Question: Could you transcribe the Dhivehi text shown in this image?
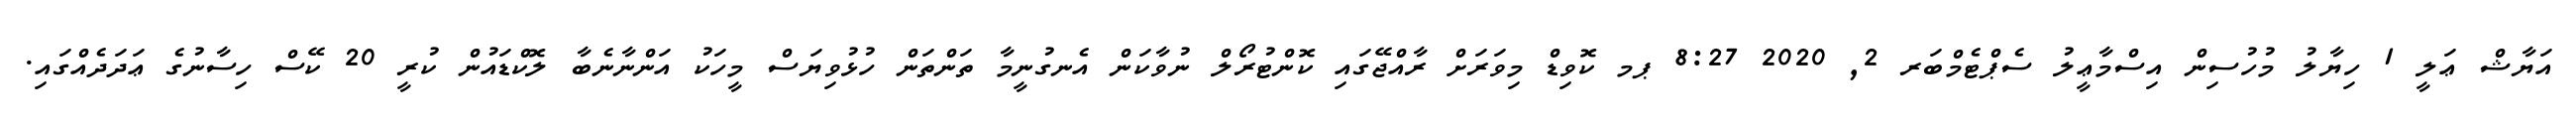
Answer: އަޔާޝް ޢަލީ 1 ހިޔާލު މުހުސިން އިސްމާޢީލު ސެޕްޓެމްބަރ 2, 2020 8:27 ޕމ ކޮވިޑް މިވަރަށް ރާއްޖޭގައި ކޮންޓުރޯލް ނުވާކަން އެނގުނީމާ ތަންތަން ހުޅުވިޔަސް މީހަކު އަންނާނެބާ ލޮކްޑައުން ކުރީ 20 ކޭސް ހިސާނުގެ ޢަދަދެއްގައި.